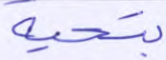
بتحية